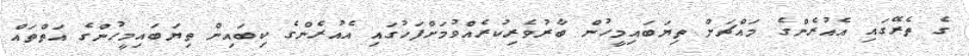
ގެ ތެރޭގައި އެއުރެންގެ މައްޗަށް ތިޔަބައިމީހުން ބާރުވެރިކުރެއްވުމަށްފަހުގައި އެއުރެންގެ ކިބައިން ތިޔަބައިމީހުންގެ އަތްތައް